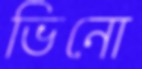
ভিনো